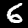
Digit: 6